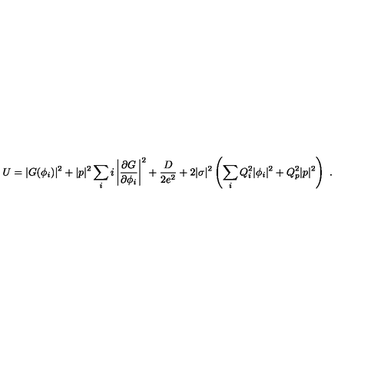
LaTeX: U = | G ( \phi _ { i } ) | ^ { 2 } + | p | ^ { 2 } \sum _ { i } i \left| \frac { \partial G } { \partial \phi _ { i } } \right| ^ { 2 } + \frac { D } { 2 e ^ { 2 } } + 2 | \sigma | ^ { 2 } \left( \sum _ { i } Q _ { i } ^ { 2 } | \phi _ { i } | ^ { 2 } + Q _ { p } ^ { 2 } | p | ^ { 2 } \right) \ .